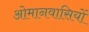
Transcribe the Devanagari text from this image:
ओमानवासियों